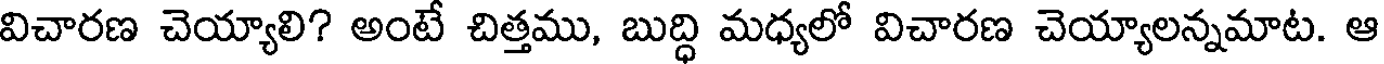
విచారణ చెయ్యాలి? అంటే చిత్తము, బుద్ధి మధ్యలో విచారణ చెయ్యాలన్నమాట. ఆ